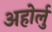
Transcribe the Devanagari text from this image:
अहोर्लु